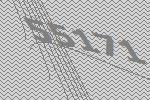
55171